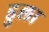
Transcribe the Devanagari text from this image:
डुला